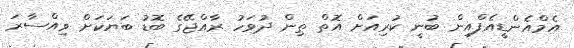
އެމްއެންޑީއެފްއިން ބުނީ ކުރިއަށް އޮތް ތިން ދުވަހު ރާއްޖޭގެ ބޮޑު ބަޔަކަށް ވިއްސާރަ